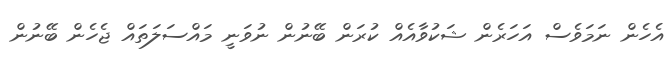
އެހެން ނަމަވެސް އަހަރެން ޝަކުވާއެއް ކުރަން ބޭނުން ނުވަނީ މައްސަލަތައް ޖެހެން ބޭނުން